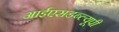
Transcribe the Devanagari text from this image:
आईएसडब्ल्यूपी